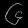
Digit: ၆